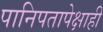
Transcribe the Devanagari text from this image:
पानिपतापेक्षाही